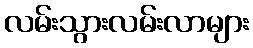
လမ်းသွားလမ်းလာများ